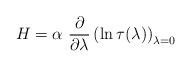
LaTeX: \begin{align*}H=\alpha \ \frac{\partial }{\partial \lambda }\left( \ln \tau (\lambda)\right) _{\lambda =0} \end{align*}